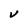
Character: V